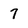
Character: 7